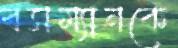
বসম্যানকে